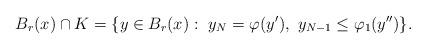
LaTeX: \begin{align*}B_r(x)\cap K= \{y\in B_r(x):\ y_N=\varphi(y'),\ y_{N-1}\leq\varphi_1(y'')\}.\end{align*}